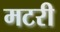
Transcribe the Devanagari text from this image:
मटरी